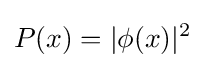
P(x)=|\phi (x)|^{2}